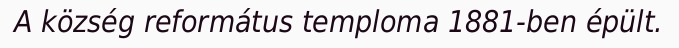
A község református temploma 1881-ben épült.